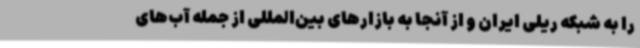
را به شبکه ریلی ایران و از آنجا به بازارهای بین‌المللی از جمله آب‌های